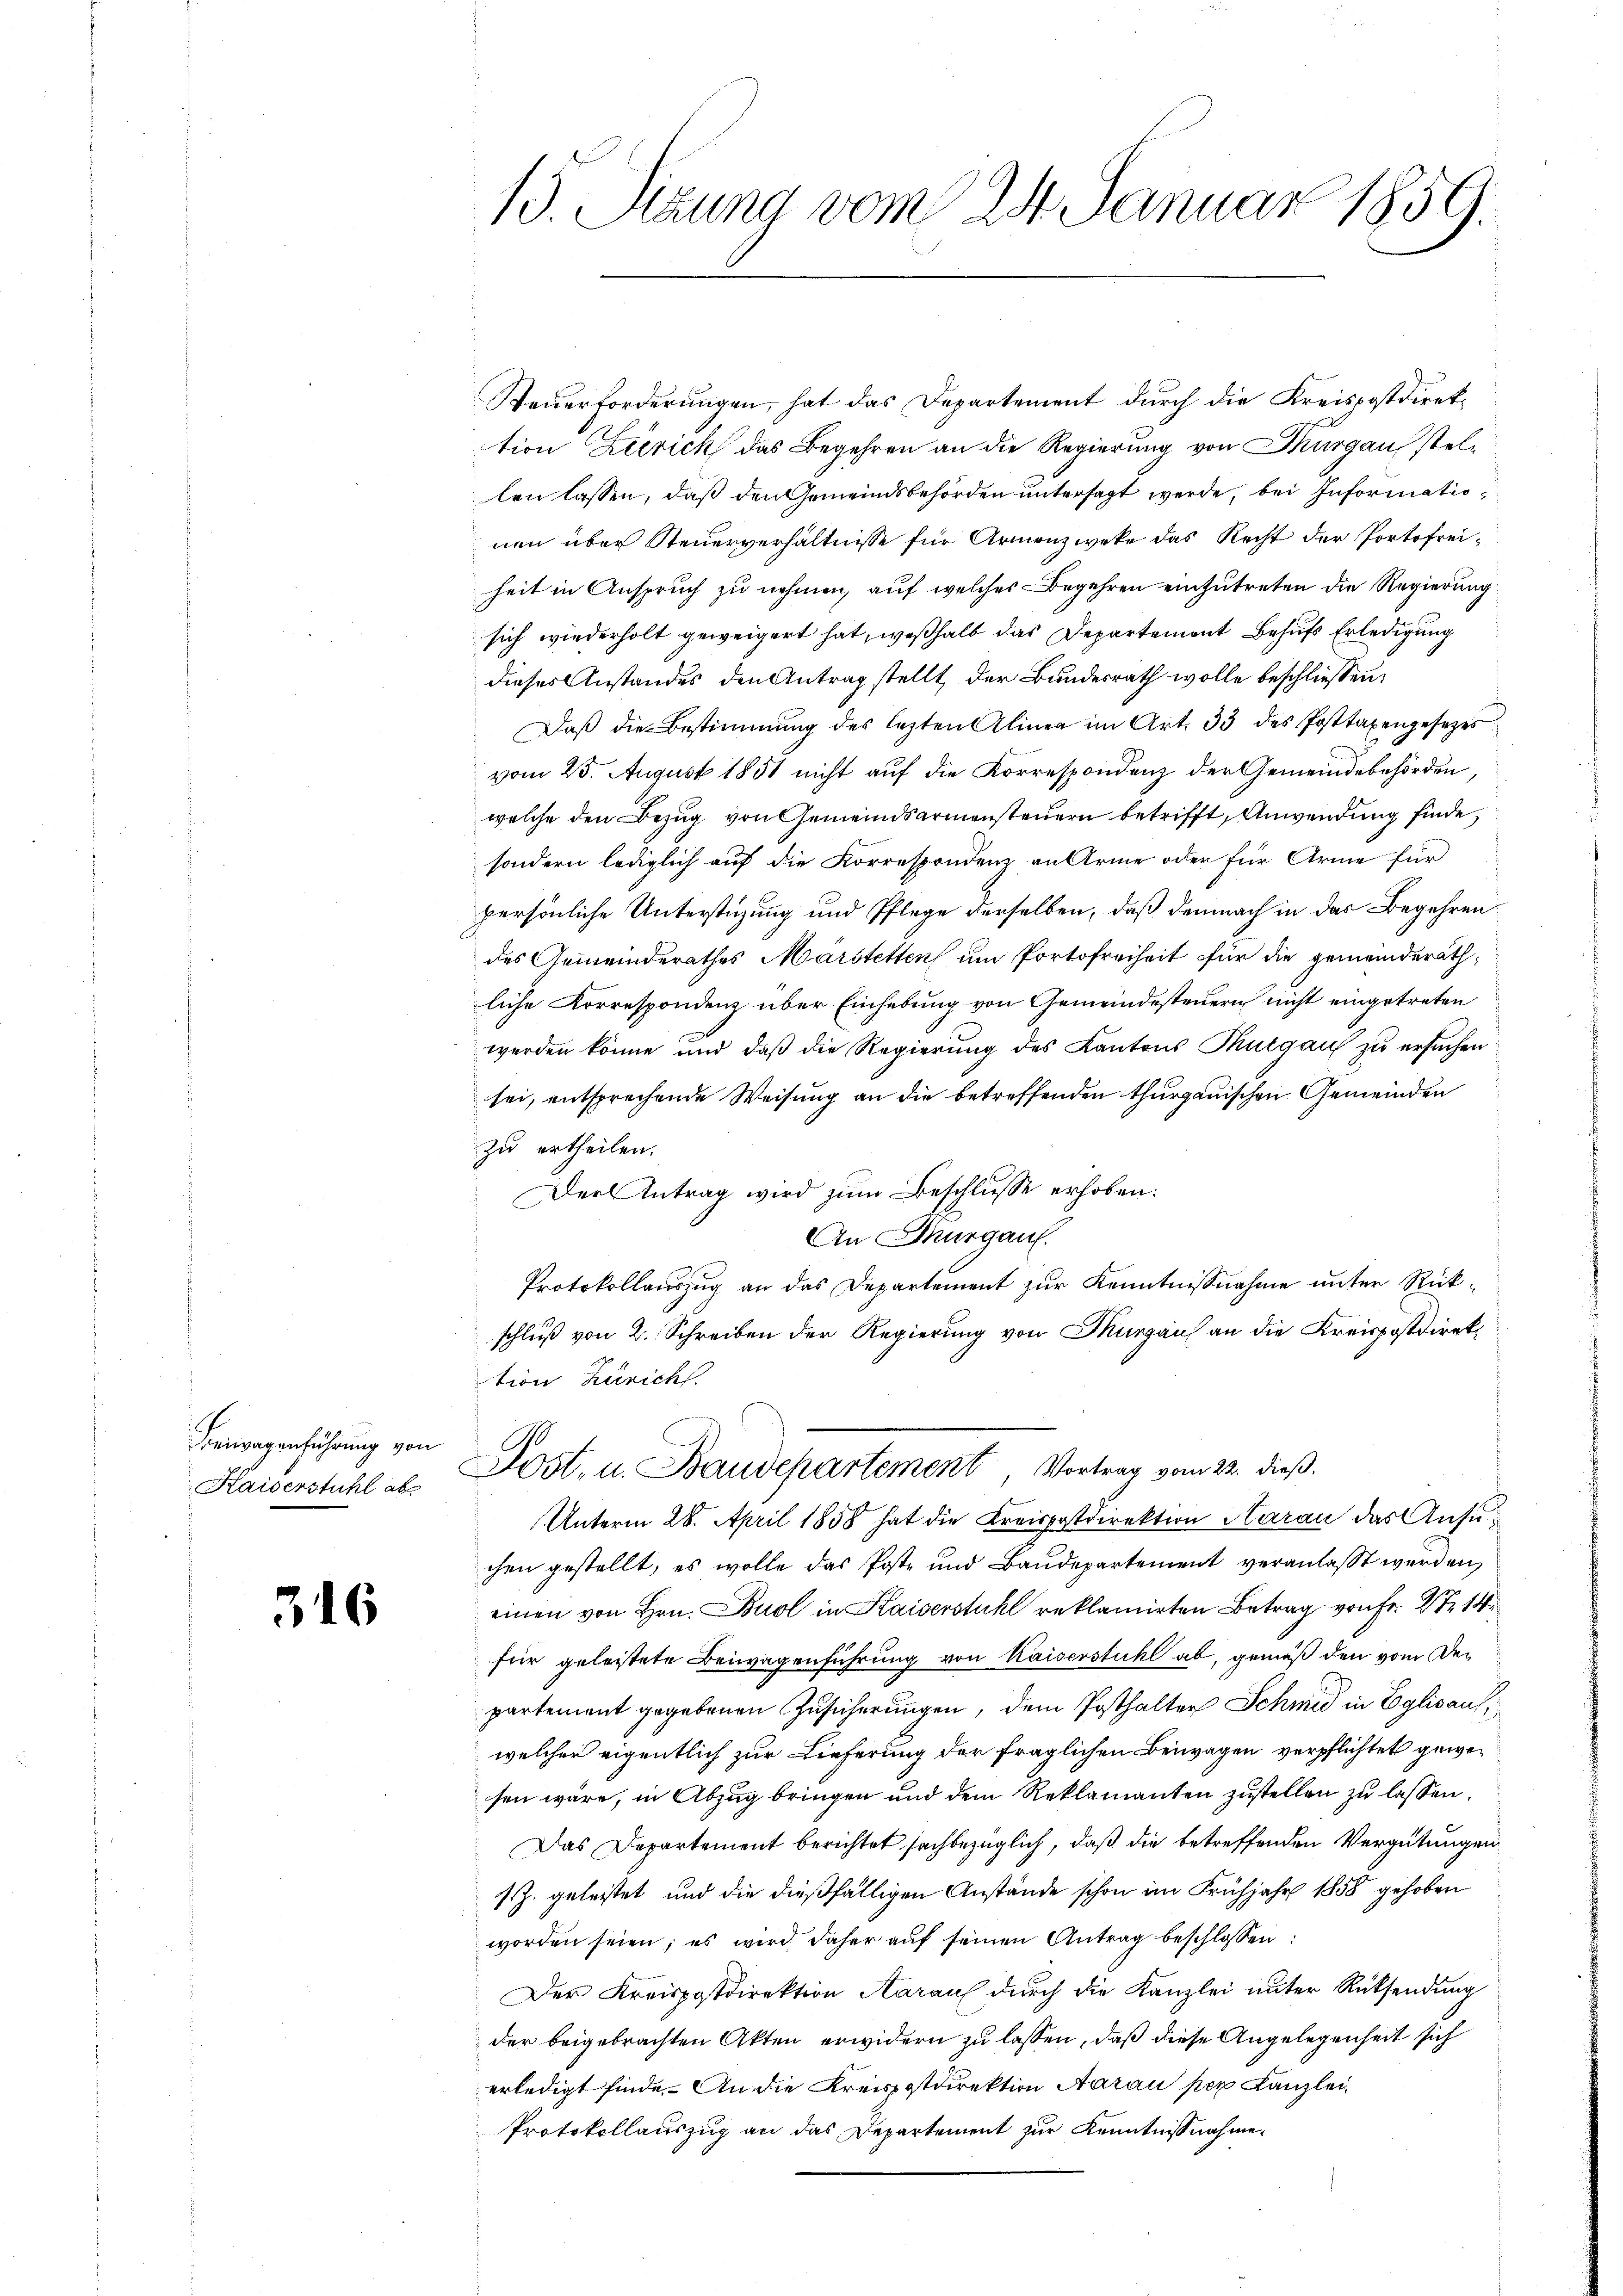
Beiwagenführung von
Kaiserstuhl abs

316

13. Stund vom 24. Januar 1859.

Steuerforderungen, hat das Departement durch die Kreispostdirektion Zürich das Begehren an die Regierung von Thurgau stellen lassen, daß den Gemeindsbehörden untersagt werde, bei Informationen über Steuerverhältnisse für Armenzweke das Recht der Portofreiheit in Anspruch zu nehmen, auf welches Begehren einzutreten die Regierung
sich wiederholt geweigert hat, weßhalb das Departement Behufs Erledigung
dieses Anstandes den Antrag stellt, der Bundesrath wolle beschliessen,
Daß die Bestimmung des lezten Aliner im Art. 33 des Posttaxengesezes
vom 25. August 1851 nicht aŭf die Korrespondenz der Gemeindebehörden
welche den Bezug von Gemeindsarmensteuern betrifft, Anwendung finde,
sondern lediglich auf die Korrespondenz an Arme oder für Arme für
persönliche Unterstüzung und Pflege derselben, daß demnach in das Begehren
des Gemeinderathes Märstetten um Portofreiheit für die gemeinderäthliche Korrespondenz über Einhebung von Gemeindesteuern nicht eingetreten
werden könne und daß die Regierung des Kantons Thurgau zu ersuchen
sei, entsprechende Weisung an die betreffenden thurgauischen Gemeinden
zu ertheilen.
Der Antrag wird zum Beschlusse erhoben.
An Thurgau.
Protokollauszug an das Departement zur Kenntnißnahme unter Rückschluß von 2. Schreiben der Regierung von Thurgau an die Kreispostdirektion Zürich.
Post- u. Baudepartement Vortrag vom 22. dieß.
Unterm 28. April 1858 hat die Kreispostdirektion Haran das Ansuchen gestellt, es wolle das Poste und Baudepartement veranlaßt werden
einen von Hrn. Buol in Kaiserstuhl reklamirten Betrag von fr. 2 t 14
für geleistete Beiwagenführung von Kaiserstuhl ab, gemäß den vom Departement gegebenen Zusicherungen, dem Posthalter Schmid in Eglisauswelcher eigentlich zur Lieferung der fraglichen Beiwagen verpflichtet gewesen wäre, in Abzug bringen und dem Reklamanten zustellen zu lassen.
Das Departement berichtet sachbezüglich, daß die betreffenden Vergütungen
s. Z. geleistet und die dießfälligen Anstände schon im Frühjahr 1858 gehoben
worden seien; es wird daher aŭf seinen Antrag beschlossen:
Der Kreispostdirektion Aaraus durch die Kanzlei unter Rücksendung
der beigebrachten Akten erwidern zu lassen, daß diese Angelegenheit sich
erledigt finde. An die Kreispostdirektion Aarau per Kanzlei
Protokollauszug an das Departement zur Kenntnisnahme.